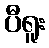
ပီရူး